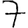
Digit: 7